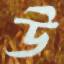
উ